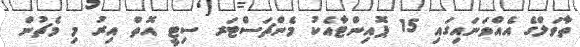
ތާވަލްގެ އެއްވަނައިގައި 15 ޕޮއިންޓާއެކު މެންޗަސްޓަރ ސިޓީ އޮތް އިރު މި މެޗުން